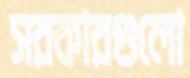
সরকারগুলো